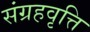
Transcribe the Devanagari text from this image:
संग्रहवृत्ति